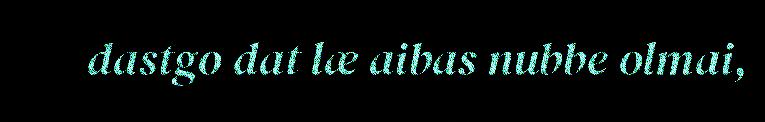
dastgo dat læ aibas nubbe olmai,